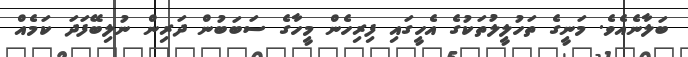
ބަލާނެއެވެ. މަނީގެ ތަހުލީލުތަކުގެ އެހީގައި ފިރިހެން މީހާގެ ސަބަބުން ދަރިން ނުލިބޭފަދަ ކަމެއް